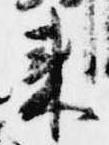
来